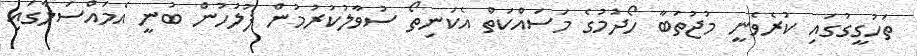
ތަހުގީގުގައި ކުރެވެނީ މުޖުތަބާ ހޯދުމުގެ މަސައްކަތް އެކަނިތޯ ސުވާލުކުރުމުން ފުލުހުން ބުނީ އެމައްސަލާގައި